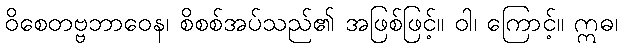
ဝိစေတဗ္ဗဘာဝေန၊ စိစစ်အပ်သည်၏ အဖြစ်ဖြင့်။ ဝါ၊ ကြောင့်။ ဣဓ၊